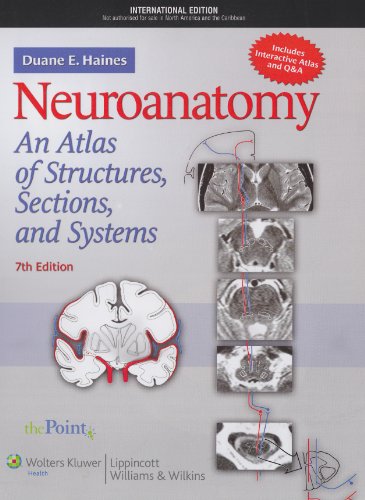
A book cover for Neuroanatomy: An Atlas of Structures, Sections, and Systems; Medical Books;